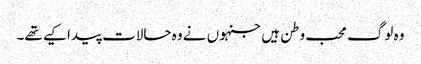
وہ لوگ محب وطن ہیں جنہوں نے وہ حالات پیدا کیے تھے۔